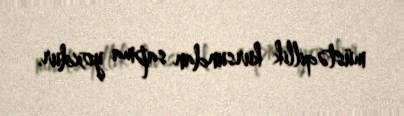
müstəqillik kursundan sapma yoxdur.